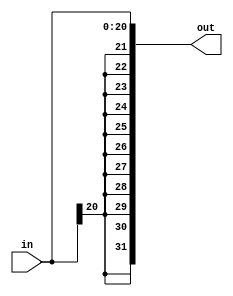
module extensor21_32(in,out);
	input[20:0] in;
	output wire[31:0] out;
	reg[31:0] outReg;
	assign out = outReg;
	always @(*)
		outReg <= $signed(in);
endmodule